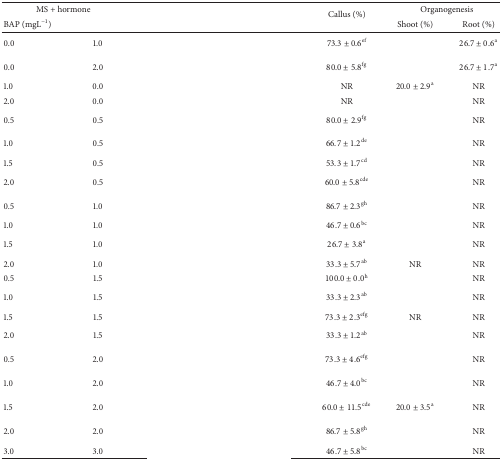
<table><thead><tr><td colspan="2"><b>MS + hormone</b></td><td rowspan="2">[EMPTY_CELL]</td><td rowspan="2"><b>Callus (%)</b></td><td colspan="2"><b>Organogenesis</b></td></tr><tr><td><b>BAP (mgL<sup>−1</sup>)</b></td><td>[EMPTY_CELL]</td><td><b>Shoot (%)</b></td><td><b>Root (%)</b></td></tr></thead><tbody><tr><td>0.0</td><td>1.0</td><td>[EMPTY_CELL]</td><td>73.3 ± 0.6<sup>ef</sup></td><td>[EMPTY_CELL]</td><td>26.7 ± 0.6<sup>a</sup></td></tr><tr><td>0.0</td><td>2.0</td><td>[EMPTY_CELL]</td><td>80.0 ± 5.8<sup>fg</sup></td><td>[EMPTY_CELL]</td><td>26.7 ± 1.7<sup>a</sup></td></tr><tr><td>1.0</td><td>0.0</td><td>[EMPTY_CELL]</td><td>NR</td><td>20.0 ± 2.9<sup>a</sup></td><td>NR</td></tr><tr><td>2.0</td><td>0.0</td><td>[EMPTY_CELL]</td><td>NR</td><td>[EMPTY_CELL]</td><td>NR</td></tr><tr><td>0.5</td><td>0.5</td><td>[EMPTY_CELL]</td><td>80.0 ± 2.9<sup>fg</sup></td><td>[EMPTY_CELL]</td><td>NR</td></tr><tr><td>1.0</td><td>0.5</td><td>[EMPTY_CELL]</td><td>66.7 ± 1.2<sup>de</sup></td><td>[EMPTY_CELL]</td><td>NR</td></tr><tr><td>1.5</td><td>0.5</td><td>[EMPTY_CELL]</td><td>53.3 ± 1.7<sup>cd</sup></td><td>[EMPTY_CELL]</td><td>NR</td></tr><tr><td>2.0</td><td>0.5</td><td>[EMPTY_CELL]</td><td>60.0 ± 5.8<sup>cde</sup></td><td>[EMPTY_CELL]</td><td>NR</td></tr><tr><td>0.5</td><td>1.0</td><td>[EMPTY_CELL]</td><td>86.7 ± 2.3<sup>gh</sup></td><td>[EMPTY_CELL]</td><td>NR</td></tr><tr><td>1.0</td><td>1.0</td><td>[EMPTY_CELL]</td><td>46.7 ± 0.6<sup>bc</sup></td><td>[EMPTY_CELL]</td><td>NR</td></tr><tr><td>1.5</td><td>1.0</td><td>[EMPTY_CELL]</td><td>26.7 ± 3.8<sup>a</sup></td><td>[EMPTY_CELL]</td><td>NR</td></tr><tr><td>2.0</td><td>1.0</td><td>[EMPTY_CELL]</td><td>33.3 ± 5.7<sup>ab</sup></td><td>NR</td><td>NR</td></tr><tr><td>0.5</td><td>1.5</td><td>[EMPTY_CELL]</td><td>100.0 ± 0.0<sup>h</sup></td><td>[EMPTY_CELL]</td><td>NR</td></tr><tr><td>1.0</td><td>1.5</td><td>[EMPTY_CELL]</td><td>33.3 ± 2.3<sup>ab</sup></td><td>[EMPTY_CELL]</td><td>NR</td></tr><tr><td>1.5</td><td>1.5</td><td>[EMPTY_CELL]</td><td>73.3 ± 2.3<sup>efg</sup></td><td>NR</td><td>NR</td></tr><tr><td>2.0</td><td>1.5</td><td>[EMPTY_CELL]</td><td>33.3 ± 1.2<sup>ab</sup></td><td>[EMPTY_CELL]</td><td>NR</td></tr><tr><td>0.5</td><td>2.0</td><td>[EMPTY_CELL]</td><td>73.3 ± 4.6<sup>efg</sup></td><td>[EMPTY_CELL]</td><td>NR</td></tr><tr><td>1.0</td><td>2.0</td><td>[EMPTY_CELL]</td><td>46.7 ± 4.0<sup>bc</sup></td><td>[EMPTY_CELL]</td><td>NR</td></tr><tr><td>1.5</td><td>2.0</td><td>[EMPTY_CELL]</td><td>60.0 ± 11.5<sup>cde</sup></td><td>20.0 ± 3.5<sup>a</sup></td><td>NR</td></tr><tr><td>2.0</td><td>2.0</td><td>[EMPTY_CELL]</td><td>86.7 ± 5.8<sup>gh</sup></td><td>[EMPTY_CELL]</td><td>NR</td></tr><tr><td>3.0</td><td>3.0</td><td>[EMPTY_CELL]</td><td>46.7 ± 5.8<sup>bc</sup></td><td>[EMPTY_CELL]</td><td>NR</td></tr></tbody></table>